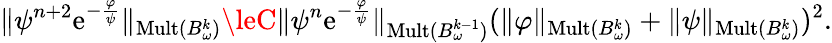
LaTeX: \| \psi^{n+2}\mathrm{e}^{-\frac{{\varphi}}{{\psi}}}\| _{\mathrm{{Mult}}(B_{\omega}^{k})}\leC\| \psi^{n}\mathrm{e}^{-\frac{{\varphi}}{{\psi}}}\| _{\mathrm{{Mult}}(B_{\omega}^{k-1})}(\| \varphi\| _{\mathrm{{Mult}}(B_{\omega}^{k})}+\| \psi\| _{\mathrm{{Mult}}(B_{\omega}^{k})})^{2}.